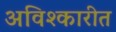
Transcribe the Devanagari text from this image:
अविश्कारीत